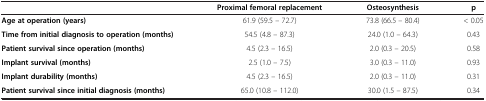
|  | Proximal femoral replacement | Osteosynthesis | p |
 | --- | --- | --- | --- |
 | Age at operation (years) | 61.9 (59.5 – 72.7) | 73.8 (66.5 – 80.4) | < 0.05 |
 | Time from initial diagnosis to operation (months) | 54.5 (4.8 – 87.3) | 24.0 (1.0 – 64.3) | 0.43 |
 | Patient survival since operation (months) | 4.5 (2.3 – 16.5) | 2.0 (0.3 – 20.5) | 0.58 |
 | Implant survival (months) | 2.5 (1.0 – 7.5) | 3.0 (0.3 – 11.0) | 0.93 |
 | Implant durability (months) | 4.5 (2.3 – 16.5) | 2.0 (0.3 – 11.0) | 0.31 |
 | Patient survival since initial diagnosis (months) | 65.0 (10.8 – 112.0) | 30.0 (1.5 – 87.5) | 0.34 |